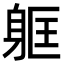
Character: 𮜳